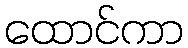
ထောင်ကာ